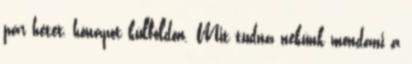
pár hetet, hónapot külföldön. Mit tudna nekünk mondani a